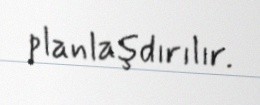
planlaşdırılır.